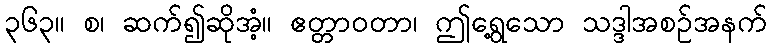
၃၆၃။ စ၊ ဆက်၍ဆိုအံ့။ ဧတ္တာဝတာ၊ ဤရွေ့သော သဒ္ဒါအစဉ်အနက်